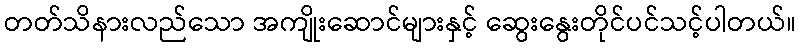
တတ်သိနားလည်သော အကျိုးဆောင်များနှင့် ဆွေးနွေးတိုင်ပင်သင့်ပါတယ်။